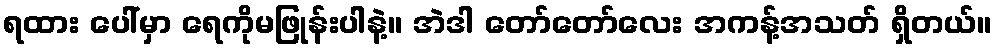
ရထား ပေါ်မှာ ရေကိုမဖြုန်းပါနဲ့။ အဲဒါ တော်တော်လေး အကန့်အသတ် ရှိတယ်။